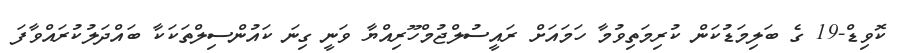
ކޮވިޑް-19 ގެ ބަލިމަޑުކަން ކުރިމަތިވުމާ ހަމައަށް ރައީސުލްޖުމްހޫރިއްޔާ ވަނީ ގިނަ ކައުންސިލްތަކަކާ ބައްދަލުކުރައްވާފަ